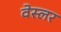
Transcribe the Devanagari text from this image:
वेस्लर